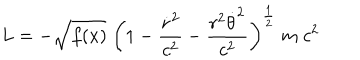
L = - \sqrt { f ( x ) } \; \biggl ( 1 - { \frac { \dot { r } ^ { 2 } } { c ^ { 2 } } } - { \frac { r ^ { 2 } \dot { \theta } ^ { 2 } } { c ^ { 2 } } } \biggr ) ^ { \frac { 1 } { 2 } } \; m \; c ^ { 2 }